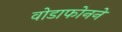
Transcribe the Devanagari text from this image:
वोडाफोनने